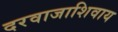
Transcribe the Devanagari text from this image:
दरवाजाशिवाय